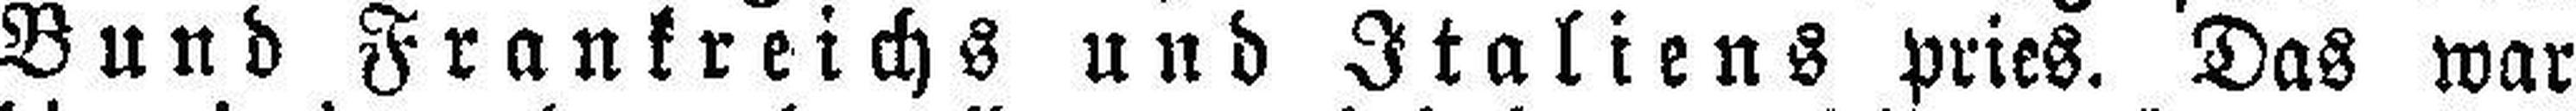
Bund Frankreichs und Italiens pries. Das war